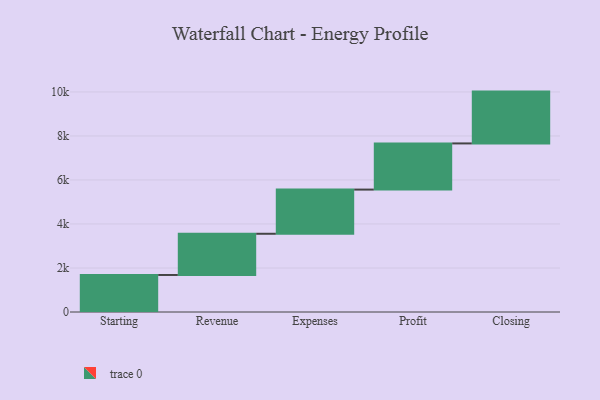
{"axis": {"x": "Step", "y": "Value"}, "legend": [""], "data": [{"x": "Starting", "y": 1683.0, "type": ""}, {"x": "Revenue", "y": 1872.0, "type": ""}, {"x": "Expenses", "y": 2008.0, "type": ""}, {"x": "Profit", "y": 2098.0, "type": ""}, {"x": "Closing", "y": 2355.0, "type": ""}]}